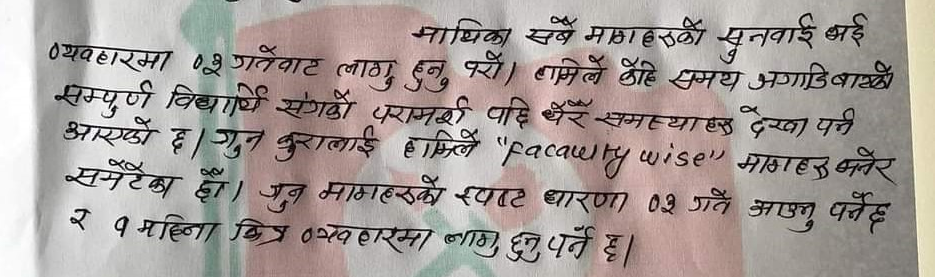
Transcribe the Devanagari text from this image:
माथिका सबै मागहरुको सुनवाई अई